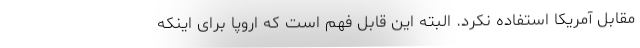
مقابل آمریکا استفاده نکرد. البته این قابل فهم است که اروپا برای اینکه